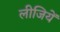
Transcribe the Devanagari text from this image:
लीजियें